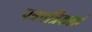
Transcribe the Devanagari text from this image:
पत्रपत्रिकाएं